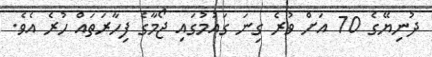
ދުނިޔޭގެ 70 އަށް ވުރެ ގިނަ ގައުމުގައި ޖޯމާގެ ފިހާރަތައް ހުރެ އެވެ.